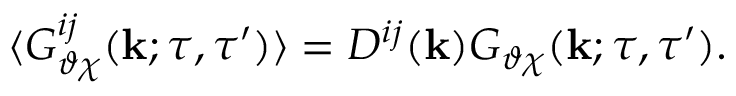
\langle { G _ { \vartheta \chi } ^ { i j } ( { \bf { k } } ; \tau , \tau ^ { \prime } ) } \rangle = D ^ { i j } ( { \bf { k } } ) G _ { \vartheta \chi } ( { \bf { k } } ; \tau , \tau ^ { \prime } ) .